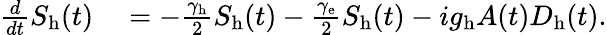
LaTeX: \begin{array}{rl}{\frac{d}{dt}S_{\mathrm{h}}(t)}&{{}=-\frac{\gamma_{\mathrm{h}}}{2}S_{\mathrm{h}}(t)-\frac{\gamma_{\mathrm{e}}}{2}S_{\mathrm{h}}(t)-ig_{\mathrm{h}}A(t)D_{\mathrm{h}}(t).}\end{array}